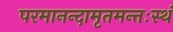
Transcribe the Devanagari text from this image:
परमानन्दामृतमन्तःस्थं